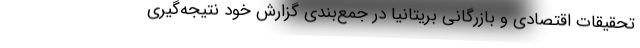
تحقیقات اقتصادی و بازرگانی بریتانیا در جمع‌بندی گزارش خود نتیجه‌گیری